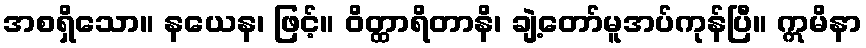
အစရှိသော။ နယေန၊ ဖြင့်။ ဝိတ္ထာရိတာနိ၊ ချဲ့တော်မူအပ်ကုန်ပြီ။ ဣမိနာ